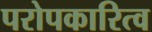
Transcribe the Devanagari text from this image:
परोपकारित्व